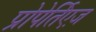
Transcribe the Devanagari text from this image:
प्रोपेर्तिएज़